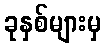
ခုနှစ်များမှ